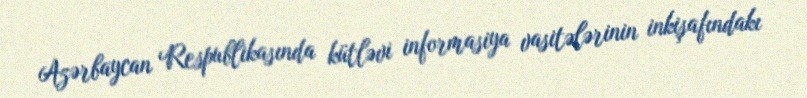
Azərbaycan Respublikasında kütləvi informasiya vasitələrinin inkişafındakı